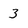
Character: 3